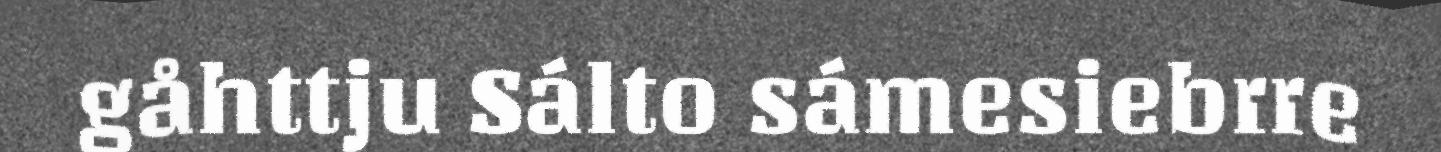
gåhttju Sálto sámesiebrre